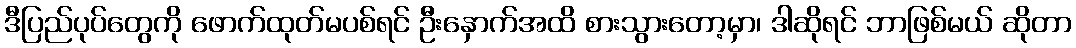
ဒီပြည်ပုပ်တွေကို ဖောက်ထုတ်မပစ်ရင် ဦးနှောက်အထိ စားသွားတော့မှာ၊ ဒါဆိုရင် ဘာဖြစ်မယ် ဆိုတာ